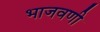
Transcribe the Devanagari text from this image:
भाजवणी